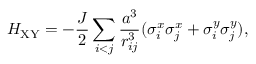
H _ { \mathrm { X Y } } = - { \frac { J } { 2 } } \sum _ { i < j } \frac { a ^ { 3 } } { r _ { i j } ^ { 3 } } ( \sigma _ { i } ^ { x } \sigma _ { j } ^ { x } + \sigma _ { i } ^ { y } \sigma _ { j } ^ { y } ) ,